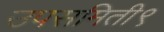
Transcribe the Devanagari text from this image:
उपसमिती९